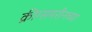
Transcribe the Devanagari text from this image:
क्रीग्समरीनच्या